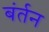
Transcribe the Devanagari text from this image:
बंर्तन